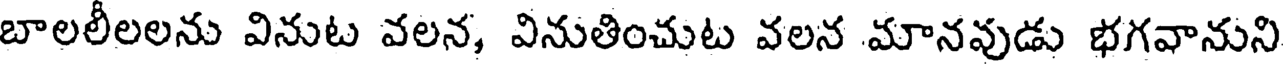
బాలలీలలను వినుట వలన, వినుతించుట వలన మానవుడు భగవానుని